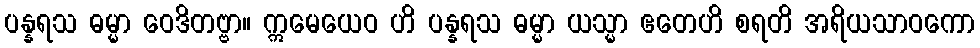
ပန္နရသ ဓမ္မာ ဝေဒိတဗ္ဗာ။ ဣမေယေဝ ဟိ ပန္နရသ ဓမ္မာ ယသ္မာ ဧတေဟိ စရတိ အရိယသာဝကော